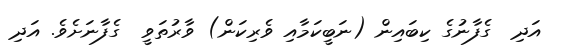
އަދި  ގެފާނުގެ ކިބައިން (ނަބީކަމާއި ވެރިކަން) ވާރުތަވީ  ގެފާނަށެވެ. އަދި